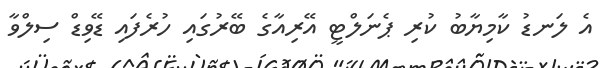
އެ ލަނޑު ކާމިޔާބު ކުރި ޕެނަލްޓީ އޭރިއާގެ ބޭރުގައި ހުރެފައި ޑޭވިޑް ސިލްވާ